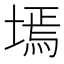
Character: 墕